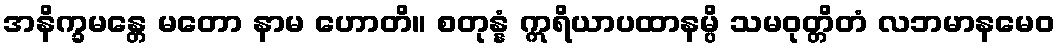
အနိက္ခမန္တေ မတော နာမ ဟောတိ။ စတုန္နံ ဣရိယာပထာနမ္ပိ သမဝုတ္တိတံ လဘမာနမေဝ